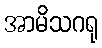
အာမိသဂရု